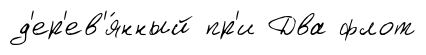
д'ер'ев'я́нный пр'и Два флот